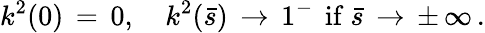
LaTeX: k^{2}(0)\, =\, 0,\quad k^{2}(\bar{s})\, \to\, 1^{-}\, \mathrm{~if~}\bar{s}\, \to\, \pm\, \infty\, {.}